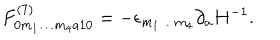
LaTeX: F _ { 0 m _ { 1 } \ldots m _ { 4 } a 1 0 } ^ { ( 7 ) } = - \epsilon _ { m _ { 1 } \ldots m _ { 4 } } \partial _ { a } H ^ { - 1 } .